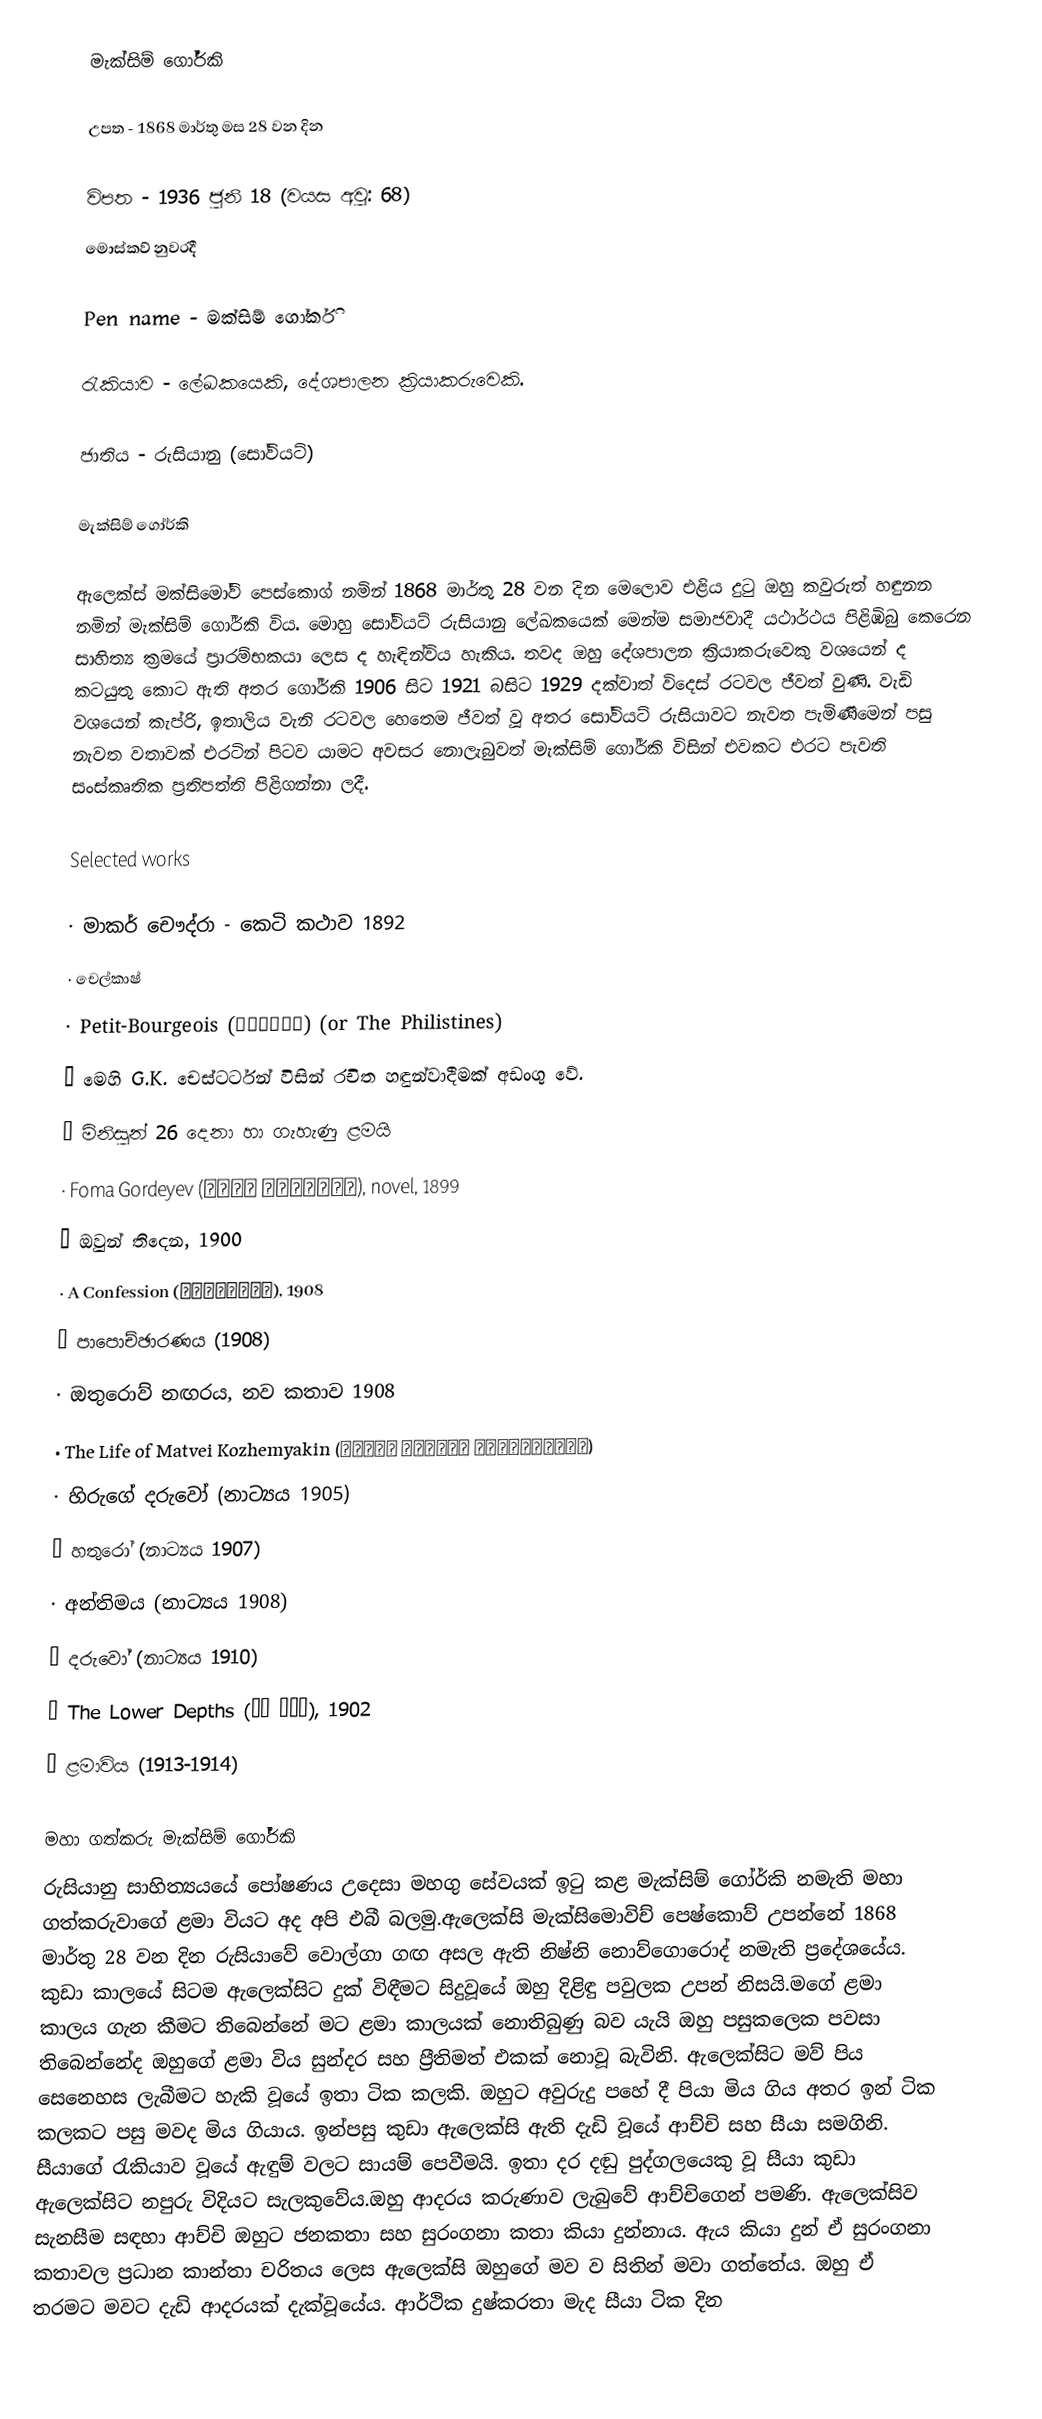
මැක්සිම් ගෝර්කි

උපත 		-	1868 මාර්තු මස 28 වන දින

විපත		-	1936 ජුනි 18 (වයස අවු: 68)
			මොස්කව් නුවරදී

Pen name	-	මක්සිම් ගෝර්කි

රැකියාව	-	ලේඛකයෙකි, දේශපාලන ක්‍රියාකරුවෙකි.

ජාතිය		-	රුසියානු (සෝවියට්)

මැක්සිම් ගෝර්කි

ඇලෙක්ස් මක්සිමෝව් පෙස්කොග් නමින් 1868 මාර්තු 28 වන දින මෙලොව එළිය දුටු ඔහු කවුරුත් හඳුනන නමින් මැක්සිම් ගෝර්කි විය. මොහු සෝවියට් රුසියානු ලේඛකයෙක් මෙන්ම සමාජවාදී යථාර්ථය පිළිඹිබු කෙරෙන සාහිත්‍ය ක්‍රමයේ ප්‍රාරම්භකයා ලෙස ද හැඳින්විය හැකිය. තවද ඔහු දේශපාලන ක්‍රියාකරුවෙකු වශයෙන් ද කටයුතු කොට ඇති අතර ගෝර්කි 1906 සිට 1921 බසිට 1929 දක්වාත් විදෙස් රටවල ජීවත් වුණි. වැඩි වශයෙන් කැප්රි, ඉතාලිය වැනි රටවල හෙතෙම ජීවත් වූ අතර සෝවියට් රුසියාවට නැවත පැමිණීමෙන් පසු නැවත වතාවක් එරටින් පිටව යාමට අවසර නොලැබුවත් මැක්සිම් ගෝර්කි විසින් එවකට එරට පැවති සංස්කෘතික ප්‍රතිපත්ති පිළිගන්නා ලදී.

Selected works

·	මාකර් චෞද්රා - කෙටි කථාව 1892
·	චෙල්කාෂ්
·	Petit-Bourgeois (Мещане) (or The Philistines)
·	මෙහි G.K. චෙස්ටර්ටන් විසින් රචිත හඳුන්වාදීමක් අඩංගු වේ.
·	මිනිසුන් 26 දෙනා හා ගැහැණු ළමයි
·	Foma Gordeyev (Фома Гордеев), novel, 1899
·	ඔවුන් තිදෙන, 1900
·	A Confession (Исповедь), 1908
·	පාපොච්ඡාරණය (1908)
·	ඔතුරොව් නඟරය, නව කතාව 1908
·	The Life of Matvei Kozhemyakin (Жизнь Матвея Кожемякина)
·	හිරුගේ දරුවෝ (නාට්‍යය 1905)
·	හතුරෝ (නාට්‍යය 1907)
·	අන්තිමය (නාට්‍යය 1908)
·	දරුවෝ (නාට්‍යය 1910)
·	The Lower Depths (На дне), 1902
·	ළමාවිය (1913-1914)

මහා ගත්කරු මැක්සිම් ගෝර්කි
රුසියානු සාහිත්‍යයයේ පෝෂණය උදෙසා මහගු සේවයක් ඉටු කළ මැක්සිම් ගෝර්කි නමැති මහා ගත්කරුවාගේ ළමා වියට අද අපි එබී බලමු.ඇලෙක්සි මැක්සිමොවිච් පෙෂ්කොව් උපන්නේ 1868 මාර්තු 28 වන දින රුසියාවේ වොල්ගා ගඟ අසල ඇති නිෂ්නි නොව්ගොරොද් නමැති ප‍්‍රදේශයේය. කුඩා කාලයේ සිටම ඇලෙක්සිට දුක් විඳීමට සිදුවූයේ ඔහු දිළිඳු පවුලක උපන් නිසයි.මගේ ළමා කාලය ගැන කීමට තිබෙන්නේ මට ළමා කාලයක් නොතිබුණු බව යැයි ඔහු පසුකලෙක පවසා තිබෙන්නේද ඔහුගේ ළමා විය සුන්දර සහ ප‍්‍රීතිමත් එකක් නොවූ බැවිනි. ඇලෙක්සිට මව් පිය සෙනෙහස ලැබීමට හැකි වූයේ ඉතා ටික කලකි. ඔහුට අවුරුදු පහේ දී පියා මිය ගිය අතර ඉන් ටික කලකට පසු මවද මිය ගියාය. ඉන්පසු කුඩා ඇලෙක්සි ඇති දැඩි වූයේ ආච්චි සහ සීයා සමගිනි. සීයාගේ රැකියාව වූයේ ඇඳුම් වලට සායම් පෙවීමයි. ඉතා දර දඬු පුද්ගලයෙකු වූ සීයා කුඩා ඇලෙක්සිට නපුරු විදියට සැලකුවේය.ඔහු ආදරය කරුණාව ලැබුවේ ආච්චිගෙන් පමණි. ඇලෙක්සිව සැනසීම සඳහා ආච්චි ඔහුට ජනකතා සහ සුරංගනා කතා කියා දුන්නාය. ඇය කියා දුන් ඒ සුරංගනා කතාවල ප‍්‍රධාන කාන්තා චරිතය ලෙස ඇලෙක්සි ඔහුගේ මව ව සිතින් මවා ගත්තේය. ඔහු ඒ තරමට මවට දැඩි ආදරයක් දැක්වූයේය. ආර්ථික දුෂ්කරතා මැද සීයා ටික දින